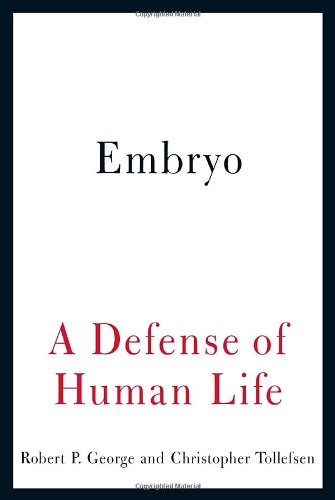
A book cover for Embryo: A Defense of Human Life; Robert P. George; Medical Books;